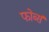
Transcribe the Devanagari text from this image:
फोर्ब्स